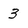
Character: 3